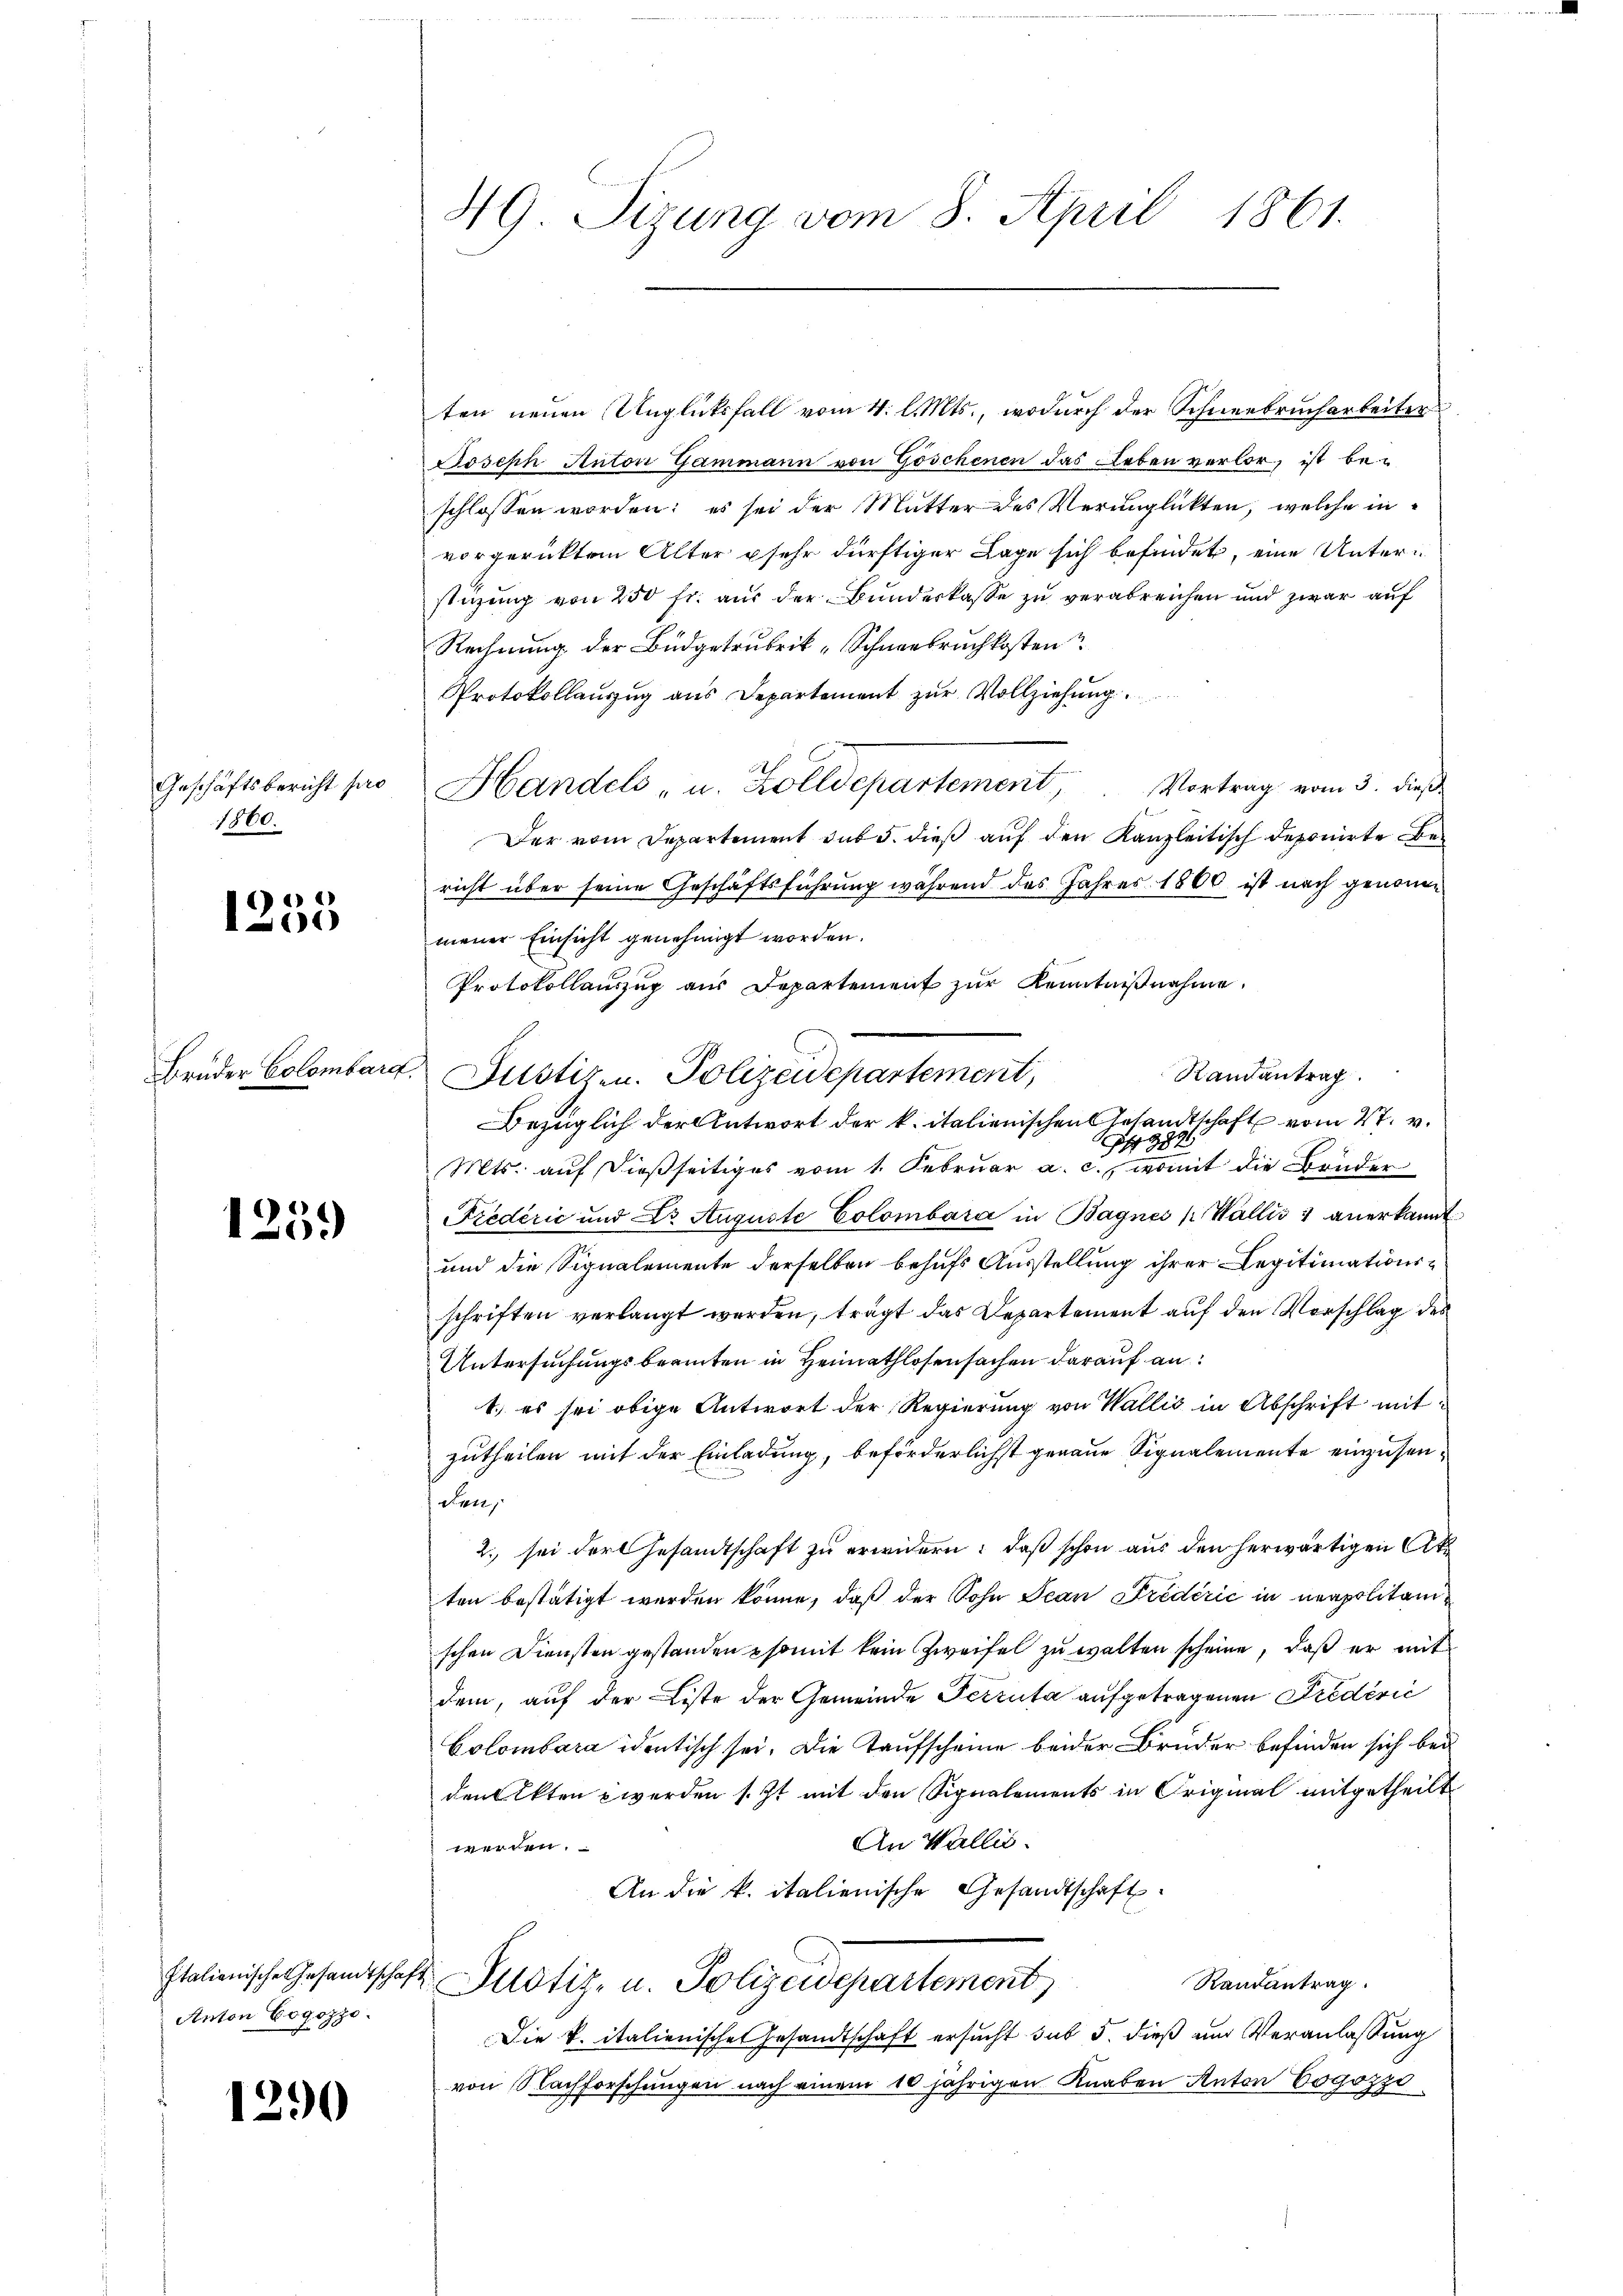
Geschäftsbericht pro
1860.

1255

Brüder Colombarg

1259)

Anton Gogozzo.

1290

49 Sizung vom 8. April 1861.

ten neuen Unglücksfall vom 4. l. Mts., wodurch der Schneebrucharbeiter
Joseph Anton Gammann von Göschenen das Leben verlor, ist be-
schlossen worden; es sei der Mutter des Verunglückten, welche invorgerücktem Alter sehr dürftiger Lage sich befindet, eine Unterstüzung von 250 fr. aus der Bunderkasse zu verabreichen und zwar auf
Rechnung der Budgetrubrik „Schneebruch kosten
Protokollauszug aus Departement zur Vollziehung
Handels- u. Zolldepartement, Vortrag vom 3. dieß
Der vom Departement sub 5. dieß auf den Kanzleitisch deponirte Bericht über seine Geschäftsführung während das Jahres 1860 ist nach genommener Einsicht genehmigt worden.
Protokollaŭszŭg aŭs Departement zŭr Kenntniβnahme.
Randantrag
Justizen. Polizeidepartement,
Bezüglich der Antwort der k. italienischen Gesandtschaft vom 27. v.
1
P 982
Mts. auf dießseitiges vom 1. Februar a. c., womit die Brüder
Fredérić und Dr. Auguste Colombara in Bagnes ( Wallis & anerkannt
und die Signalemente derselben behufs Ausstellung ihrer Legitimationsschriften verlangt werden, trägt das Departement auf den Vorschlag des
Untersuchungsbeamten in Heimathlosensachen darauf an:
1.) es sei obige Antwort der Regierung von Wallis in Abschrift mitzutheilen mit der Einladung, beförderlichst genaue Signalemente einzusen¬
 Fen
2. sei der Gesandtschaft zu erwidern: daß schon aus den herwärtigen Akten bestätigt werden könne, daß der Sohn Jean Predérić in neapolitaischen Diensten gestanden somit kein Zweifel zu walten scheine, daß er mit
dem, auf der Liste der Gemeinde Pecruta aufgetragenen Predévić
Colombara identisch sei. Die Taufscheine beider Bruder befinden sich bei
dem Akten werden s. Zt mit den Signalements in Original mitgetheilt
An Wallis.
werden.
An die k. italienische Gesandtschaft.
Italienische Gesandtschaft Plotiz- u. Polizeidepartement
Randantrag
Die k. italienische Gesandtschaft ersucht sub 5. dieß und Veranlassung
von Nachforschungen nach einem 10 jährigen Knaben Anton Cogozzo